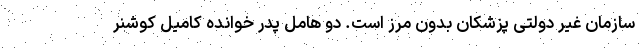
سازمان غیر دولتی پزشکان بدون مرز است. دو هامل پدر خوانده کامیل کوشنر